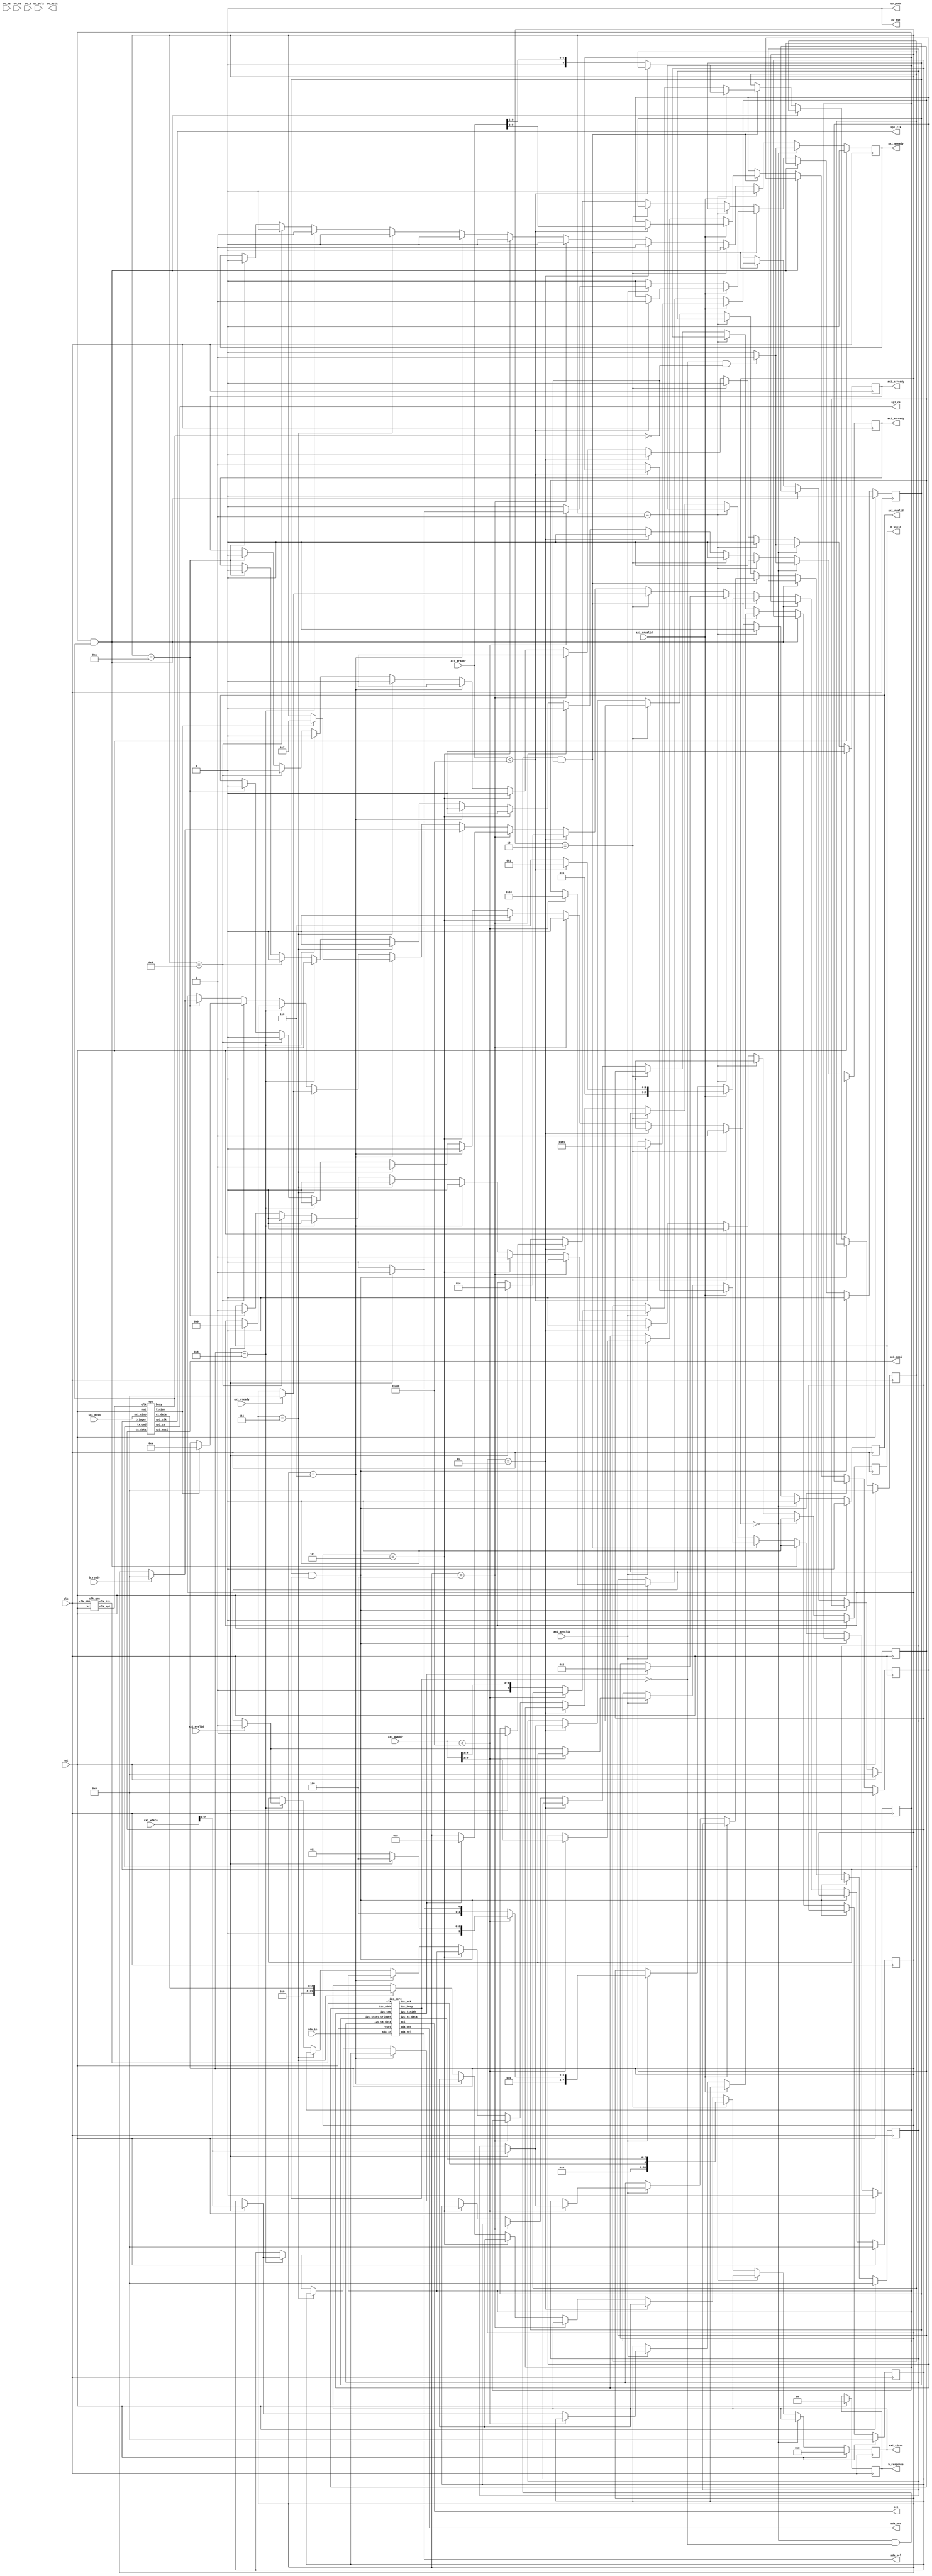
module camera_axi(
    input clk,
    input rst,
	input [31:0] 			axi_araddr,
	input 			 	axi_arvalid,
	output reg 			axi_arready,
	input [31:0] 			axi_awaddr,
	input 			 	axi_awvalid,
	output reg			axi_awready,
	output reg [31:0] 		axi_rdata,
	output 	reg	 		axi_rvalid,
	input 			 	axi_rready,
	input [31:0] 			axi_wdata,
	input 			 	axi_wvalid,
	output 	reg		 	axi_wready,
	input 				b_ready,
	output 	reg			b_valid,
	output reg [1:0] 		b_response,
	input sda_in,
	output sda_out,
	output sda_sel,
	output scl,
	output ov_rst, 
	output ov_pwdn, 
	input ov_hs, 
	input ov_vs, 
	input [7:0] ov_d, 
	input ov_pclk, 
	output ov_mclk,
	output spi_clk,
	input spi_miso,
	output spi_mosi,
	output spi_cs
);
	parameter I2C_ADDR = 8'h60;
	assign ov_rst = 1'b0; // normal use : pull up high
	assign ov_pwdn = 1'b0; // normal user : low

	wire clk_spi; 
	wire clk_i2c;
	clk_gen clks (.rst(rst), .clk_83M(clk), .clk_spi(clk_spi), .clk_i2c(clk_i2c));
	
	
	reg i2c_start_trigger;
	reg [7:0] i2c_tx_data;
	reg [7:0] i2c_addr;
	reg [7:0] i2c_cmd;
	wire [7:0] i2c_rx_data;
	wire i2c_ack;
	wire i2c_busy;
	wire i2c_finish;
	
	reg spi_start_trigger;
	reg [7:0] spi_tx_data;
	reg [7:0] spi_cmd;
	wire [7:0] spi_rx_data;
	wire spi_busy;
	wire spi_finish;
	reg [7:0] state;
	
	
	always @(posedge clk) begin
		if (rst) begin
			axi_arready <= 0;
			axi_awready <= 0;
			axi_wready <= 0;
			axi_rvalid <= 0;
			b_valid <= 0;
			b_response <= 0;
			axi_rdata <= 0;
		end else if (state == 0) begin
			if (!i2c_busy && !spi_busy) begin
				axi_arready <= 1;
				axi_awready <= 1;
				axi_wready <= 1;
				axi_rvalid <= 0;
				b_valid <= 0;
			end else begin
				axi_arready <= 0;
				axi_awready <= 0;
				axi_wready <= 0;
				axi_rvalid <= 0;
				b_valid <= 0;
			end
		end else if (state == 8'd1) begin	
			axi_arready <= 0;
			axi_awready <= 0;
			axi_wready <= 0;
			axi_rvalid <= 0;
			b_valid <= 0;
		end else if (state == 8'd2) begin	
			axi_arready <= 0;
			axi_awready <= 0;
			axi_wready <= 0;
			axi_rvalid <= 1;
			axi_rdata <= {23'd0,i2c_ack,i2c_rx_data};
			b_valid <= 0;
		end else if (state == 8'd3) begin	
			axi_arready <= 0;
			axi_awready <= 0;
			axi_wready <= 1;
			axi_rvalid <= 0;
			b_valid <= 0;
		end else if (state == 8'd4) begin	
			axi_arready <= 0;
			axi_awready <= 0;
			axi_wready <= 0;
			axi_rvalid <= 0;
			b_valid <= 0;
		end else if (state == 8'd5) begin	
			axi_arready <= 0;
			axi_awready <= 0;
			axi_wready <= 0;
			axi_rvalid <= 0;
			b_valid <= 1;
		end else if (state == 8'd6) begin	
			axi_arready <= 0;
			axi_awready <= 0;
			axi_wready <= 0;
			axi_rvalid <= 0;
			b_valid <= 0;
		end else if (state == 8'd7) begin	
			axi_arready <= 0;
			axi_awready <= 0;
			axi_wready <= 0;
			axi_rvalid <= 1;
			axi_rdata <= {24'd0,spi_rx_data};
			b_valid <= 0;
		end else if (state == 8'd8) begin	
			axi_arready <= 0;
			axi_awready <= 0;
			axi_wready <= 1;
			axi_rvalid <= 0;
			b_valid <= 0;
		end else if (state == 8'd9) begin	
			axi_arready <= 0;
			axi_awready <= 0;
			axi_wready <= 0;
			axi_rvalid <= 0;
			b_valid <= 0;
		end else if (state == 8'd10) begin	
			axi_arready <= 0;
			axi_awready <= 0;
			axi_wready <= 0;
			axi_rvalid <= 0;
			b_valid <= 1;
		end
	end
		
		
			
	always @(negedge clk) begin
		if (rst) begin
			state <= 0;
			i2c_tx_data <= 0;
			i2c_addr <= 0;
			i2c_cmd <= 0;
			i2c_start_trigger <= 0;
			spi_tx_data <= 0;
			spi_cmd <= 0;
			spi_start_trigger <= 0;
			
		end else if (i2c_start_trigger && i2c_busy) begin
			i2c_start_trigger <= 0;
			
		end else if (spi_start_trigger && spi_busy) begin
			spi_start_trigger <= 0;
			
		end else if (state == 0 && !i2c_busy && !spi_busy) begin
			i2c_start_trigger <= 0;
			if (axi_arvalid) begin
				if (axi_araddr < 32'h00000400) begin
					i2c_addr <= {I2C_ADDR[7:1],1'b1};
					i2c_cmd <= axi_araddr[9:2];
					i2c_start_trigger <= 1'b1;
					state <= 8'd1;
				end else  begin
					spi_cmd <= {1'b0,axi_araddr[8:2]};
					spi_start_trigger <= 1'b1;
					state <= 8'd6;
				end
			end else if (axi_awvalid) begin
				if (axi_awaddr < 32'h00000400) begin
					i2c_addr <= {I2C_ADDR[7:1],1'b0};
					i2c_cmd <= axi_awaddr[9:2];
					state <= 8'd3;
					if (axi_wvalid) begin
						i2c_tx_data <= axi_wdata[7:0];
						i2c_start_trigger <= 1'b1;
						state <= 8'd4;
					end
				end else  begin
					spi_cmd <= {1'b1,axi_awaddr[8:2]};
					state <= 8'd8;
					if (axi_wvalid) begin
						spi_tx_data <= axi_wdata[7:0];
						spi_start_trigger <= 1'b1;
						state <= 8'd9;
					end
				end
			end
			
		end else if (state == 8'd1) begin
			if (i2c_finish)
				state <= 8'd2;
				
		end else if (state == 8'd2) begin
			if (axi_rready)
				state <= 8'd0;
				
		end else if (state == 8'd3) begin
			if (axi_wvalid) begin
				i2c_tx_data <= axi_wdata[7:0];
				i2c_start_trigger <= 1'b1;
				state <= 8'd4;
			end
	
		end else if (state == 8'd4) begin
			if (i2c_finish)
				state <= 8'd5;
		
		end else if (state == 8'd5) begin
			if (b_ready)
				state <= 8'd0;
				
		end else if (state == 8'd6) begin
			if (spi_finish)
				state <= 8'd7;
				
		end else if (state == 8'd7) begin
			if (axi_rready)
				state <= 8'd0;
				
		end else if (state == 8'd8) begin
			if (axi_wvalid) begin
				spi_tx_data <= axi_wdata[7:0];
				spi_start_trigger <= 1'b1;
				state <= 8'd9;
			end
	
		end else if (state == 8'd9) begin
			if (spi_finish)
				state <= 8'd10;
		
		end else if (state == 8'd10) begin
			if (b_ready)
				state <= 8'd0;
		end	
	end
	
	i2c_core i2C(
		.clk(clk_i2c),
		.reset(rst),
		.sda_in(sda_in),
		.sda_out(sda_out),
		.sda_sel(sda_sel),
		.scl(scl),
		
		.i2c_rx_data(i2c_rx_data),
		.i2c_busy(i2c_busy),
		.i2c_ack(i2c_ack),
		.i2c_addr(i2c_addr),
		.i2c_cmd(i2c_cmd),
		.i2c_tx_data(i2c_tx_data),
		.i2c_start_trigger(i2c_start_trigger),
		.i2c_finish(i2c_finish));
		
		
	spi spi_fsm
	  (
	   // Control/Data Signals,
	   .clk(clk_spi),
	   .rst(rst),
	   .tx_cmd(spi_cmd),
	   .tx_data(spi_tx_data),
	   .rx_data(spi_rx_data),
	   .trigger(spi_start_trigger),
	   .busy(spi_busy),
	   .finish(spi_finish),
	   // SPI Interface
	   .spi_clk(spi_clk),
	   .spi_miso(spi_miso),
	   .spi_mosi(spi_mosi),
	   .spi_cs(spi_cs)
	   );
	
endmodule


module clk_gen(input rst,input clk_83M,output clk_spi,output clk_i2c);
	reg [31:0] div_clk;
	initial div_clk <= 0;
	assign clk_spi = div_clk[3];
	assign clk_i2c = div_clk[16];	
	always @(posedge clk_83M) begin
		div_clk <= div_clk + 32'd1;
	end
endmodule
	

module i2c_core(
	input clk,
	input reset,
	input sda_in,
	output sda_out,
	output sda_sel,
	output scl,
	
	output reg [7:0] i2c_rx_data,
	output  i2c_busy,
	output reg i2c_ack,
	input [7:0] i2c_addr,
	input [7:0] i2c_cmd,
	input [7:0] i2c_tx_data,
	input i2c_start_trigger,
	output i2c_finish
  );
  

  wire [154:0] big_reg_w;
  wire [154:0] big_reg_r;
  reg [154:0] big_reg;
  reg rw;
  reg [7:0] state;
  
assign scl = ~ state[1];
 assign sda_out =  big_reg[8'd154 - state];
 assign sda_sel =  (((state >=  8'd35 ) && (state <= 8'd38) ) || ((state >=  8'd 71) && (state <= 8'd74)) || ((state >=  8'd115 ) && (state <= 8'd150))) ? 1'b1 : 
									(((state >=  8'd107) && (state <= 8'd110) ) ?  ~rw :
									 (((state >=  8'd111) && (state <= 8'd114) ) ?  rw :
									1'b0));
 assign i2c_finish =  (state == 8'd114) ?  ~rw :  ((state == 8'd154) ? 1'b1 : 1'b0);
 wire capture_data_input = ((state >=  8'd115 ) && (state <= 8'd145)) ? 1'b1 : 1'b0;
 wire capture_ack = (state >=  8'd35 ) && (state <= 8'd38) ? 1'b1: 1'b0;
  assign i2c_busy = (state == 8'd0) ?  1'b0 : 1'b1;
  
  always @(posedge scl) begin
	if (capture_data_input)
			i2c_rx_data <= {i2c_rx_data[6:0], sda_in};
	if (capture_ack)
			i2c_ack <= sda_in;
   end
   
  initial begin
  	state = 0;
  	big_reg = {155{1'b1}};
	rw = 0;
  end
  
  always @(posedge  clk ) begin   //8
		if (reset) begin
				state <= 0;
				big_reg <= {155{1'b1}};
				rw <= 0;
		end else if (i2c_finish) begin
				state <= 0;
				big_reg <= {155{1'b1}};
				rw <= 0;
		end else if (state == 0) begin
				state <= {7'd0,i2c_start_trigger};
				rw <= i2c_addr[0];
				big_reg <= (i2c_addr[0]) ? big_reg_r: big_reg_w;
		end else
				state <= state + 8'd1;
end
	

  assign big_reg_r = {1'b1, 2'd0, {4{i2c_addr[7]}},  {4{i2c_addr[6]}}, {4{i2c_addr[5]}}, {4{i2c_addr[4]}}, {4{i2c_addr[3]}}, {4{i2c_addr[2]}}, {4{i2c_addr[1]}}, 4'd0,  
										4'b1111,  
										{4{i2c_cmd[7]}},  {4{i2c_cmd[6]}}, {4{i2c_cmd[5]}}, {4{i2c_cmd[4]}}, {4{i2c_cmd[3]}}, {4{i2c_cmd[2]}}, {4{i2c_cmd[1]}}, {4{i2c_cmd[0]}}, 
										4'b1111,
										2'b11, 2'b00,
										{4{i2c_addr[7]}},  {4{i2c_addr[6]}}, {4{i2c_addr[5]}}, {4{i2c_addr[4]}}, {4{i2c_addr[3]}}, {4{i2c_addr[2]}}, {4{i2c_addr[1]}}, {4{i2c_addr[0]}},
										4'b1111,
										32'hFFFF_FFFF,
										4'b1111,
										2'b00,
										2'b11};
										
	  assign big_reg_w = {1'b1, 2'd0, {4{i2c_addr[7]}},  {4{i2c_addr[6]}}, {4{i2c_addr[5]}}, {4{i2c_addr[4]}}, {4{i2c_addr[3]}}, {4{i2c_addr[2]}}, {4{i2c_addr[1]}}, {4{i2c_addr[0]}},  
										4'b1111,  
										{4{i2c_cmd[7]}},  {4{i2c_cmd[6]}}, {4{i2c_cmd[5]}}, {4{i2c_cmd[4]}}, {4{i2c_cmd[3]}}, {4{i2c_cmd[2]}}, {4{i2c_cmd[1]}}, {4{i2c_cmd[0]}}, 
										4'b1111,
										{4{i2c_tx_data[7]}},  {4{i2c_tx_data[6]}}, {4{i2c_tx_data[5]}}, {4{i2c_tx_data[4]}}, {4{i2c_tx_data[3]}}, {4{i2c_tx_data[2]}}, {4{i2c_tx_data[1]}}, {4{i2c_tx_data[0]}},
										4'b1111,
										2'b00,
										42'h3FF_FFFF_FFFF};
										
endmodule


module spi
  (
   // Control/Data Signals,
   input clk,
   input rst,
   input [7:0] tx_cmd,
   input [7:0] tx_data,
   output reg [7:0] rx_data,
   input trigger,
   output busy,
   output finish, 
   
   output spi_clk,
   input spi_miso,
   output spi_mosi,
   output  spi_cs
 ); 


  
 
  
  wire reset = rst;
  

  reg [64:0] data_reg;
  reg [64:0] clk_reg;
  reg [7:0] state;
  
 assign spi_cs = (state == 8'd0) ?  1'b1 : 1'b0;
 assign spi_mosi =  data_reg[state];
 assign spi_clk =   clk_reg[state];
 assign finish =  (state >= 8'd64) ?  1'b1 : 1'b0;
 wire capture_data_input = (state > 0) ? 1'b1 : 1'b0;
 assign busy = (state == 8'd0) ?  1'b0 : 1'b1;
  
  always @(posedge spi_clk) begin
	if (capture_data_input)
			rx_data <= {rx_data[6:0], spi_miso};
   end
   
  initial begin
	  state = 0;
	  data_reg = 0;
	  clk_reg = 0;
  end
  
  always @(posedge  clk ) begin   //8
		if (reset) begin
				state <= 0;
				data_reg <= 0;
				clk_reg <= 0;
		end else if (finish) begin
				state <= 0;
				data_reg <= 0;
				clk_reg <= 0;		
		end else if (state == 0) begin
				state <= {7'd0,trigger};
				data_reg <= {
				{4{tx_data[0]}},  {4{tx_data[1]}}, {4{tx_data[2]}}, {4{tx_data[3]}}, {4{tx_data[4]}}, {4{tx_data[5]}}, {4{tx_data[6]}}, {4{tx_data[7]}},
                {4{tx_cmd[0]}},  {4{tx_cmd[1]}}, {4{tx_cmd[2]}}, {4{tx_cmd[3]}}, {4{tx_cmd[4]}}, {4{tx_cmd[5]}}, {4{tx_cmd[6]}}, {5{tx_cmd[7]}}				
				};
				clk_reg <= {{16{4'b0110}} , 1'b0};
		end else
				state <= state + 8'd1;
end
								
endmodule